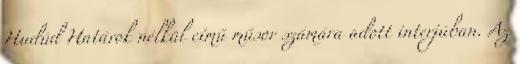
Hudúd Határok nélkül című műsor számára adott interjúban. Az